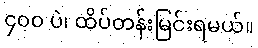
၄၀၀ ပဲ၊ ထိပ်တန်းမြင်းရမယ်။